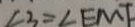
\angle 3 = \angle E M F